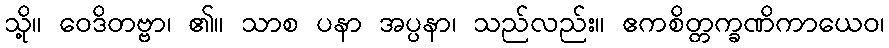
သို့။ ဝေဒိတဗ္ဗာ၊ ၏။ သာစ ပနာ အပ္ပနာ၊ သည်လည်း။ ဧကစိတ္တက္ခဏိကာယေဝ၊